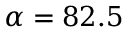
\alpha = 8 2 . 5